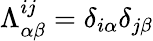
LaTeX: \Lambda_{\alpha\beta}^{ij}=\delta_{i\alpha}\delta_{j\beta}